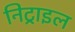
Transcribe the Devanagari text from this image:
निट्राइल